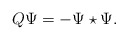
\begin{align*}Q \Psi = -\Psi \star \Psi.\end{align*}